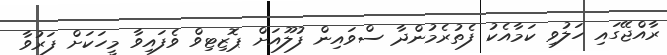
ރާއްޖޭގައި ހަލުވި ކަމާއެކު ފެތުރެމުންދާ ސްވައިން ފުލޫއަށް ޕޮޒިޓިވް ވެފައިވާ މީހަކަށް ފަރުވާ